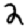
Digit: 2